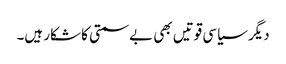
دیگر سیاسی قوتیں بھی بےسمتی کا شکار ہیں۔